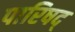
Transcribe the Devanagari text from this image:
पारिषद्